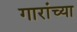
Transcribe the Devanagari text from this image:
गारांच्या